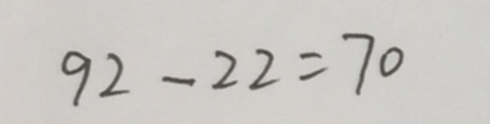
9 2 - 2 2 = 7 0